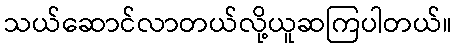
သယ်ဆောင်လာတယ်လို့ယူဆကြပါတယ်။